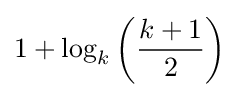
1+\log _{k}\left({\frac {k+1}{2}}\right)